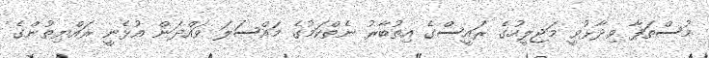
މުސްތަފާ ވިދާޅުވީ މަޖިލީހުގެ ރައީސްގެ އިތުބާރު ނެތްކަމުގެ މައްސަލަ ވައްދަން އުޅެނީ ރައްޔިތުންގެ